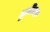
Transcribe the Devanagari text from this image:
मुनिवरा